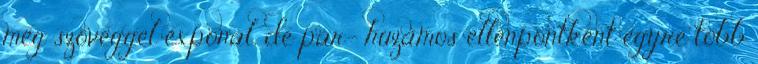
még szöveggel exponál, de pár- huzamos ellenpontként egyre több